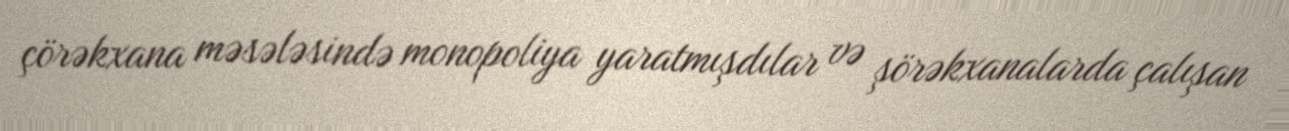
çörəkxana məsələsində monopoliya yaratmışdılar və şörəkxanalarda çalışan